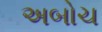
અબોચ